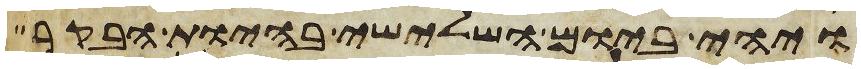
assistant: ויהי ביום השלישי בהיות הבקר